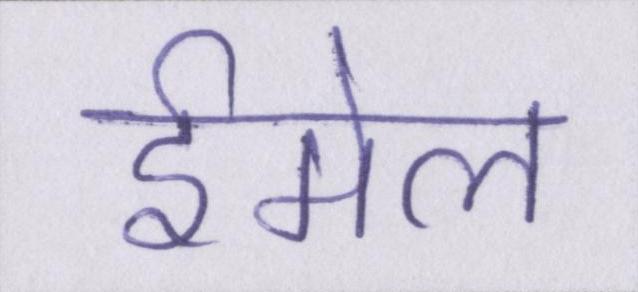
ईमेल